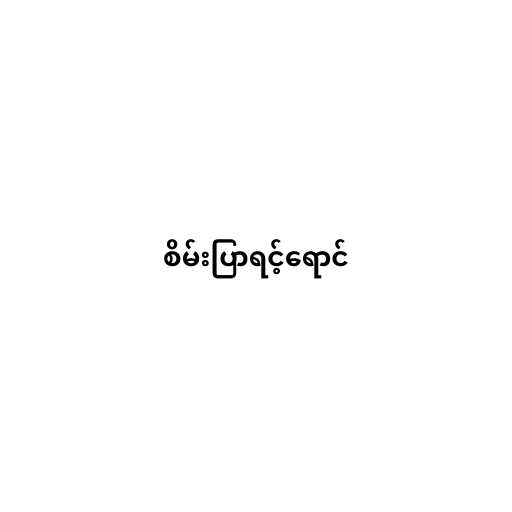
စိမ်းပြာရင့်ရောင်